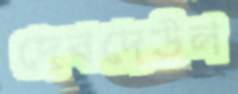
দেবদেউল